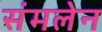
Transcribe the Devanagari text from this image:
संमलेन